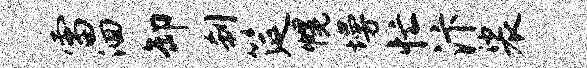
雷洄卸刹筵幌墁忙汴裟